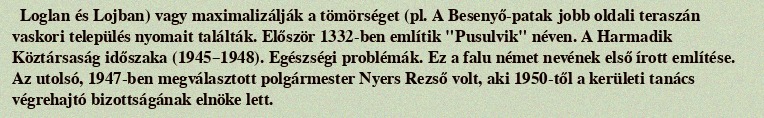
Loglan és Lojban) vagy maximalizálják a tömörséget (pl. A Besenyő-patak jobb oldali teraszán vaskori település nyomait találták. Először 1332-ben említik "Pusulvik" néven. A Harmadik Köztársaság időszaka (1945–1948). Egészségi problémák. Ez a falu német nevének első írott említése. Az utolsó, 1947-ben megválasztott polgármester Nyers Rezső volt, aki 1950-től a kerületi tanács végrehajtó bizottságának elnöke lett.